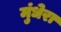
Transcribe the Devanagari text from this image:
मुंधेरा